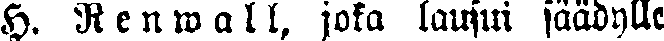
H. Renwall, joka lausui säädylle